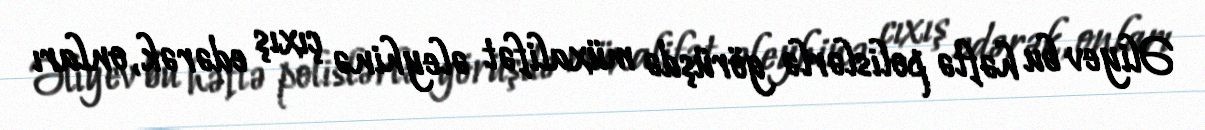
Əliyev bu həftə polislərlə görüşdə müxalifət əleyhinə çıxış edərək, onları